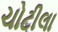
ચોટીલા